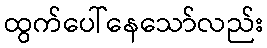
ထွက်ပေါ်နေသော်လည်း